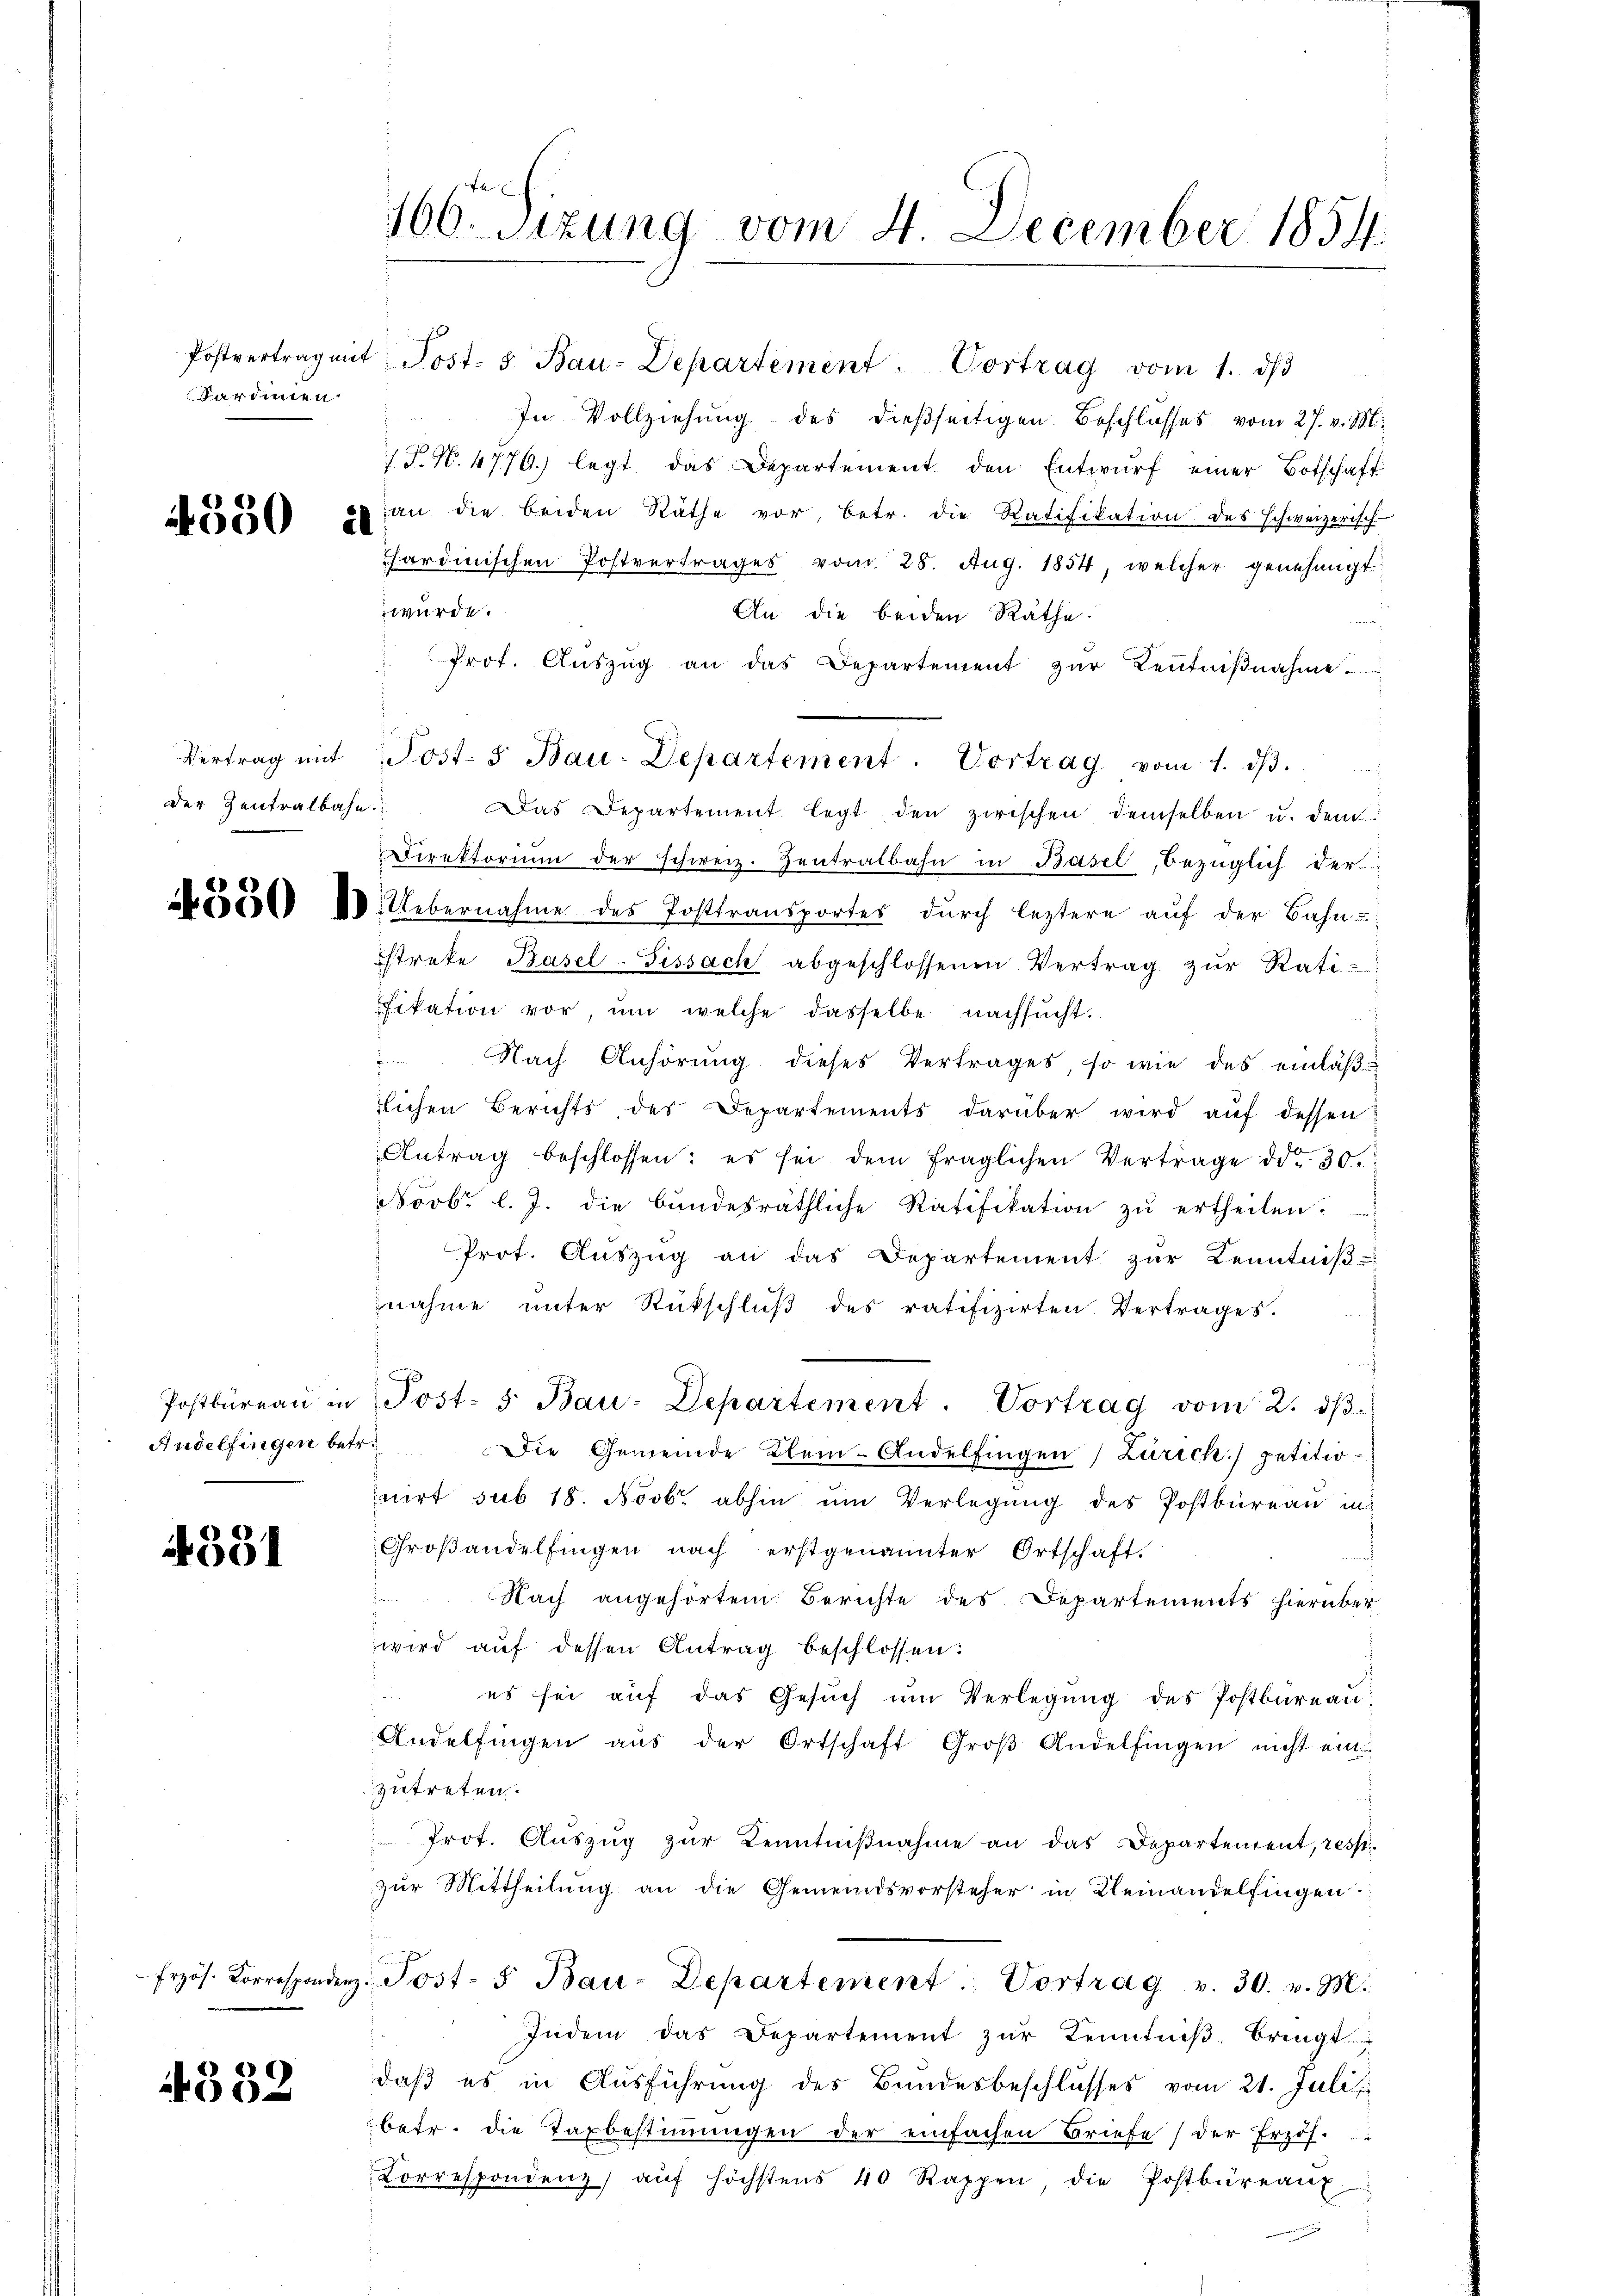
Kardinien

i550 i

der Zentralbahn.

Andelfingen betr.

4331

4332

In Vollziehung des dießseitigen Beschlusses vom 27. v. M.
/T. N. 4776.) legt das Departement den Entwŭrf einer Botschaft
an die beiden Räthe vor, betr. die Ratifikation des Schweizerisch-
sardinischen Postvertrages vom 25. Aug. 1854, welcher genehmigt;
würde.
An die beiden Räthe.
Prot. Aŭszŭg an das Departement zŭr Kenntniβnahme ...
Das Departement legt den zwischen demselben u. den
Direktorium der schweiz. Zentralbahn in Basel, bezüglich der
Kövesd 8. Uebernahme des Posttransportes durch leztere auf der Bahn-
Estreke Basel-Fissach abgeschlossenen Vertrag zŭr Ratifikation vor, ŭm welche dasselbe nachsucht.
 Nach Anhörung dieses Vertrages, so wie des einläßzlichen Berichts des Departements darüber wird auf dessen
Antrag beschlossen: es sei dem fraglichen Vertrage dd. 30.
Novbr. l. J. die bŭndesräthliche Ratifikation zŭ ertheilen.
Prot. Aŭszŭg an das Departement zŭr Kenntniβ-
nahme unter Rückschluß des ratifizirten Vertrages.
s
Postbüreaŭ in Post- 5. Bau-Departement. Vortrag vom 2. dβ
Die Gemeinde Klein-Andelfingen) Zürich) petitionirt sub 18. Novbr. abhin ŭm Verlegŭng des Postbüreau in
Großandelfingen nach erstgenannter Ortschaft.
Nach angehörtem Berichte des Departements hierüber
wird auf dessen Antrag beschlossen:
d
es sei aŭf das Gesŭch ŭm Verlegŭng des Postbüreaŭ.
Andelfingen aŭs der Ortschaft Groβ Andelfingen nicht ein
zutreten.
frot. Auszug zur Kenntnißnahme an das Departement, resp
zur Mittheilung an die Gemeindsvorsteher in Kleinandelfingen
frzös. Korrespondenz Post- 5 Bau-Departement. Vortrag v. 30. v. M.
Indem das Departement zŭr Kenntniβ, bringt
daß es in Ausführung des Bundesbeschlusses vom 21. Juli
betr. die Taxbestiṁŭngen der einfachen Briefe der Erzös.
Correspondenz aŭf höchstens 40 Rappen, die Postbüreaŭf

166. Sizung vom 4. December 1854.

Postvertrag mit Post- 5. Bau-Departement. Vortrag vom 1. ds

Vertrag mit Post- & Bau-Departement. Vortrag vom 1. dβ.